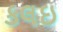
કલઇ